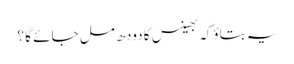
یہ بتاؤکہ بھینس کا دودھ مل جائے گا ؟